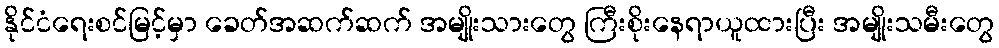
နိုင်ငံရေးစင်မြင့်မှာ ခေတ်အဆက်ဆက် အမျိုးသားတွေ ကြီးစိုးနေရာယူထားပြီး အမျိုးသမီးတွေ